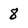
Character: 8